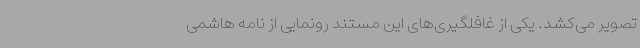
تصویر می‌کشد. یکی از غافلگیری‌های این مستند رونمایی از نامه هاشمی